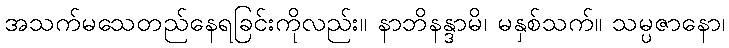
အသက်မသေတည်နေရခြင်းကိုလည်း။ နာဘိနန္ဒာမိ၊ မနှစ်သက်။ သမ္ပဇာနော၊